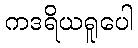
ကဒရိယရူပေါ